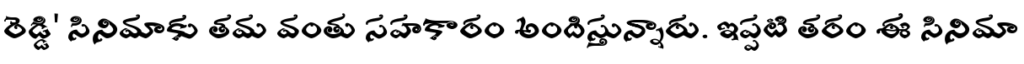
రెడ్డి' సినిమాకు తమ వంతు సహకారం అందిస్తున్నారు. ఇప్పటి తరం ఈ సినిమా